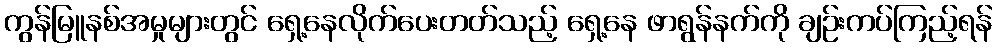
ကွန်မြူနစ်အမှုများတွင် ရှေ့နေလိုက်ပေးတတ်သည့် ရှေ့နေ ဖာရွန်နက်ကို ချဉ်းကပ်ကြည့်ရန်